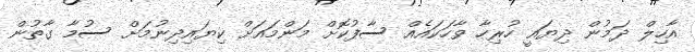
އާހިލް ދަމުން ދިޔައީ ހުރިހާ ވާހަކައެއް ސާފުކޮށް މަންމައަށް ކިޔައިދިނުމަށް ސުމާ ގާތުން